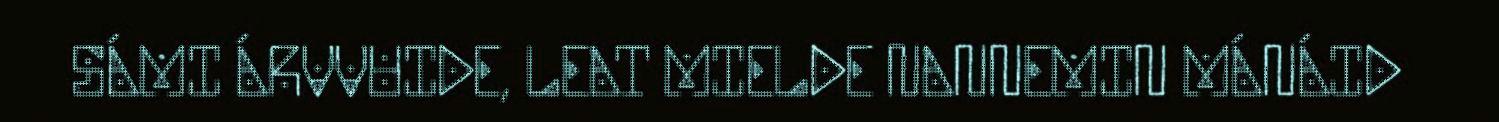
SÁMI ÁRVVUIDE, LEAT MIELDE NANNEMIN MÁNÁID